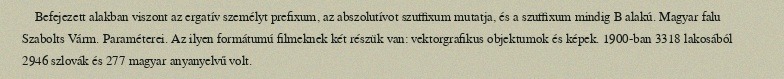
Befejezett alakban viszont az ergatív személyt prefixum, az abszolutívot szuffixum mutatja, és a szuffixum mindig B alakú. Magyar falu Szabolts Várm. Paraméterei. Az ilyen formátumú filmeknek két részük van: vektorgrafikus objektumok és képek. 1900-ban 3318 lakosából 2946 szlovák és 277 magyar anyanyelvű volt.